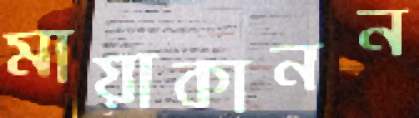
মায়াকানন